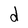
Character: d